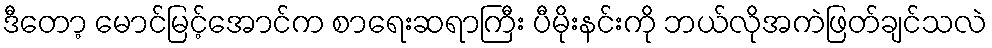
ဒီတော့ မောင်မြင့်အောင်က စာရေးဆရာကြီး ပီမိုးနင်းကို ဘယ်လိုအကဲဖြတ်ချင်သလဲ